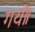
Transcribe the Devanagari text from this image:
गयो।